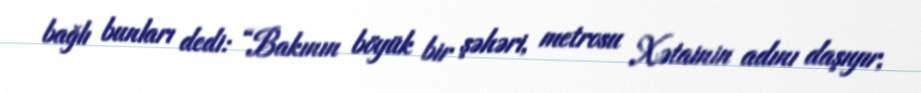
bağlı bunları dedi: “Bakının böyük bir şəhəri, metrosu Xətainin adını daşıyır,